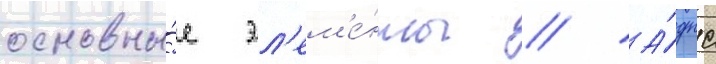
основны́е эл'ем'е́нты // А́дпс